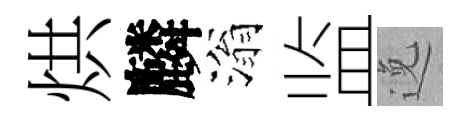
烘麟滃监𨓜